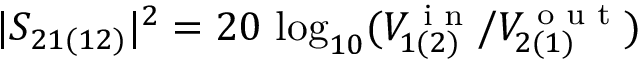
| S _ { 2 1 ( 1 2 ) } | ^ { 2 } = 2 0 \, \log _ { 1 0 } ( V _ { 1 ( 2 ) } ^ { \textrm { i n } } / V _ { 2 ( 1 ) } ^ { \textrm { o u t } } )